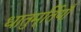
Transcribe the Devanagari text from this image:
धातुमूर्तियाँ